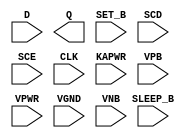
module sky130_fd_sc_lp__srsdfstp (
    //# {{data|Data Signals}}
    input  D      ,
    output Q      ,

    //# {{control|Control Signals}}
    input  SET_B  ,

    //# {{scanchain|Scan Chain}}
    input  SCD    ,
    input  SCE    ,

    //# {{clocks|Clocking}}
    input  CLK    ,

    //# {{power|Power}}
    input  SLEEP_B,
    input  KAPWR  ,
    input  VPB    ,
    input  VPWR   ,
    input  VGND   ,
    input  VNB
);
endmodule